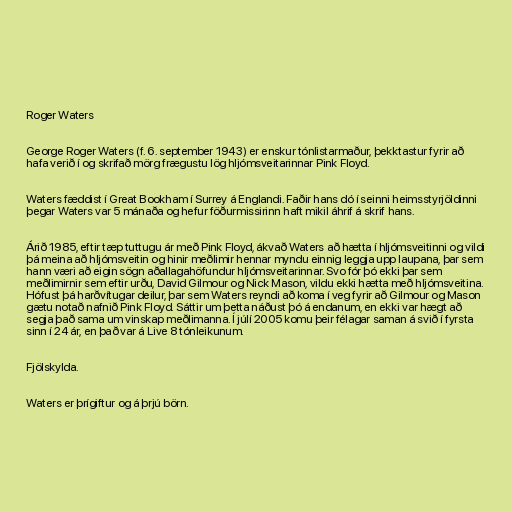
Roger Waters

George Roger Waters (f. 6. september 1943) er enskur tónlistarmaður, þekktastur fyrir að
hafa verið í og skrifað mörg frægustu lög hljómsveitarinnar Pink Floyd.

Waters fæddist í Great Bookham í Surrey á Englandi. Faðir hans dó í seinni heimsstyrjöldinni
þegar Waters var 5 mánaða og hefur föðurmissirinn haft mikil áhrif á skrif hans.

Árið 1985, eftir tæp tuttugu ár með Pink Floyd, ákvað Waters að hætta í hljómsveitinni og vildi
þá meina að hljómsveitin og hinir meðlimir hennar myndu einnig leggja upp laupana, þar sem
hann væri að eigin sögn aðallagahöfundur hljómsveitarinnar. Svo fór þó ekki þar sem
meðlimirnir sem eftir urðu, David Gilmour og Nick Mason, vildu ekki hætta með hljómsveitina.
Hófust þá harðvítugar deilur, þar sem Waters reyndi að koma í veg fyrir að Gilmour og Mason
gætu notað nafnið Pink Floyd. Sáttir um þetta náðust þó á endanum, en ekki var hægt að
segja það sama um vinskap meðlimanna. Í júlí 2005 komu þeir félagar saman á svið í fyrsta
sinn í 24 ár, en það var á Live 8 tónleikunum.

Fjölskylda.

Waters er þrígiftur og á þrjú börn.